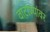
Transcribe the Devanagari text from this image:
वाटाण्यांवर